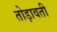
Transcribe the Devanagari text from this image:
तोड़ावती